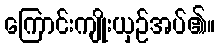
ကြောင်းကျိုးယှဉ်အပ်၏။